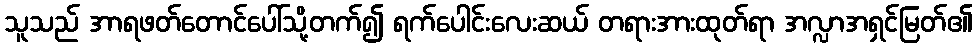
သူသည် အာရဖတ်တောင်ပေါ်သို့တက်၍ ရက်ပေါင်းလေးဆယ် တရားအားထုတ်ရာ အလ္လာအရှင်မြတ်၏